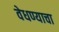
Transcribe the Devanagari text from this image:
वेधण्याचा